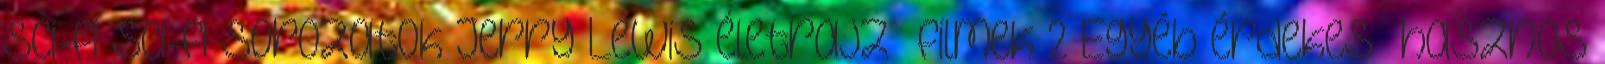
sci-fi Sci-fi sorozatok Jerry Lewis életrajz filmek 2 Egyéb érdekes hasznos